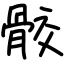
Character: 骹